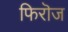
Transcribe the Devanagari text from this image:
फिरॊज